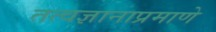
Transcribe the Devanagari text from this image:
तत्वज्ञानाप्रमाणे